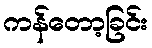
ကန်တော့ခြင်း